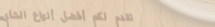
نقدم لكم أفضل أنواع الشاي